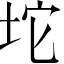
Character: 坨